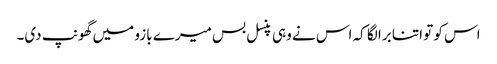
اس کو تو اتنا برا لگا کہ اس نے وہی پنسل بس میرے بازو میں گھونپ دی۔